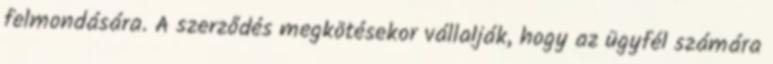
felmondására. A szerződés megkötésekor vállalják, hogy az ügyfél számára